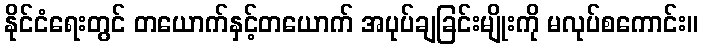
နိုင်ငံရေးတွင် တယောက်နှင့်တယောက် အပုပ်ချခြင်းမျိုးကို မလုပ်စကောင်း။